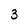
Character: 3